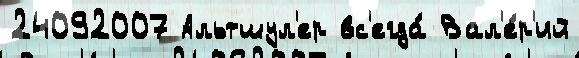
24092007 Альтшул'ер вс'егда́ Вал'е́р'ий